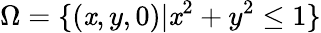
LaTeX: \Omega=\{ (\mathit{x},y,0)|\mathit{x}^{2}+y^{2}\leq1\}